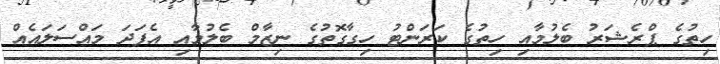
ހިތުގެ ޕްރެޝަރު ބެލުމާއި ހިތުގެ ކަރަންޓު ހިގާގޮތުގެ ނިޒާމް ބެލުމާއި އެފަދަ މައްސަލައެއް